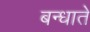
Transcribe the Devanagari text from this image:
बन्धाते